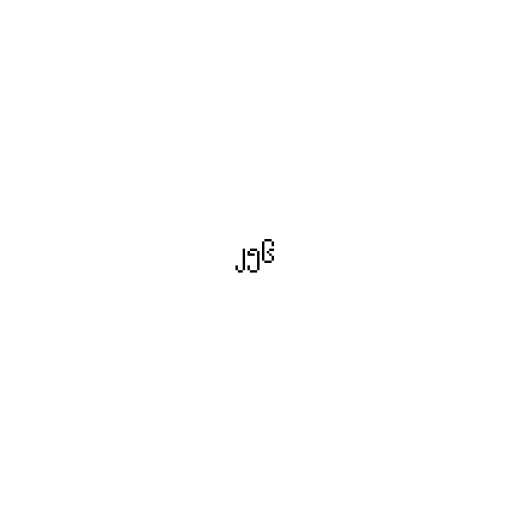
၂၅၆